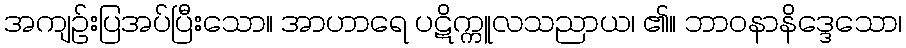
အကျဉ်းပြအပ်ပြီးသော။ အာဟာရေ ပဋိက္ကူလသညာယ၊ ၏။ ဘာဝနာနိဒ္ဒေသော၊